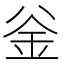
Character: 釡